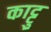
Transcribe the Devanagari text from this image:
काट्टु